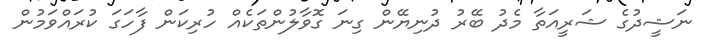
ނަޝީދުގެ ޝަރީއަތާ މެދު ބޭރު ދުނިޔޭން ގިނަ ގޮވާލުންތަކެއް ހުރިކަން ފާހަގަ ކުރައްވަމުން